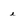
Character: e